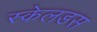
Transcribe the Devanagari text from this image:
स्केलडस